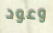
وعود